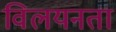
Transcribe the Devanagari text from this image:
विलयनता